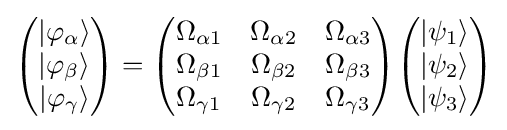
{\begin{pmatrix}\left|{\varphi _{\alpha }}\right\rangle \\\left|{\varphi _{\beta }}\right\rangle \\\left|{\varphi _{\gamma }}\right\rangle \\\end{pmatrix}}={\begin{pmatrix}\Omega _{\alpha 1}&\Omega _{\alpha 2}&\Omega _{\alpha 3}\\\Omega _{\beta 1}&\Omega _{\beta 2}&\Omega _{\beta 3}\\\Omega _{\gamma 1}&\Omega _{\gamma 2}&\Omega _{\gamma 3}\\\end{pmatrix}}{\begin{pmatrix}\left|\psi _{1}\right\rangle \\\left|\psi _{2}\right\rangle \\\left|\psi _{3}\right\rangle \\\end{pmatrix}}